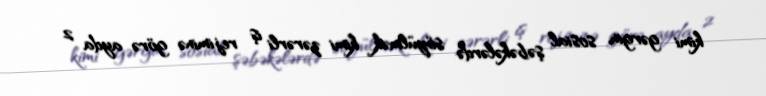
kimi gərgin, sosial şəbəkələrdə söyülmək kimi zərərli iş rejiminə görə ayda 2